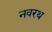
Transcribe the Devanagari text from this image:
नवरथ